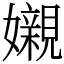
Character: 𡤅